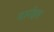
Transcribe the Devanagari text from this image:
मार्नहल